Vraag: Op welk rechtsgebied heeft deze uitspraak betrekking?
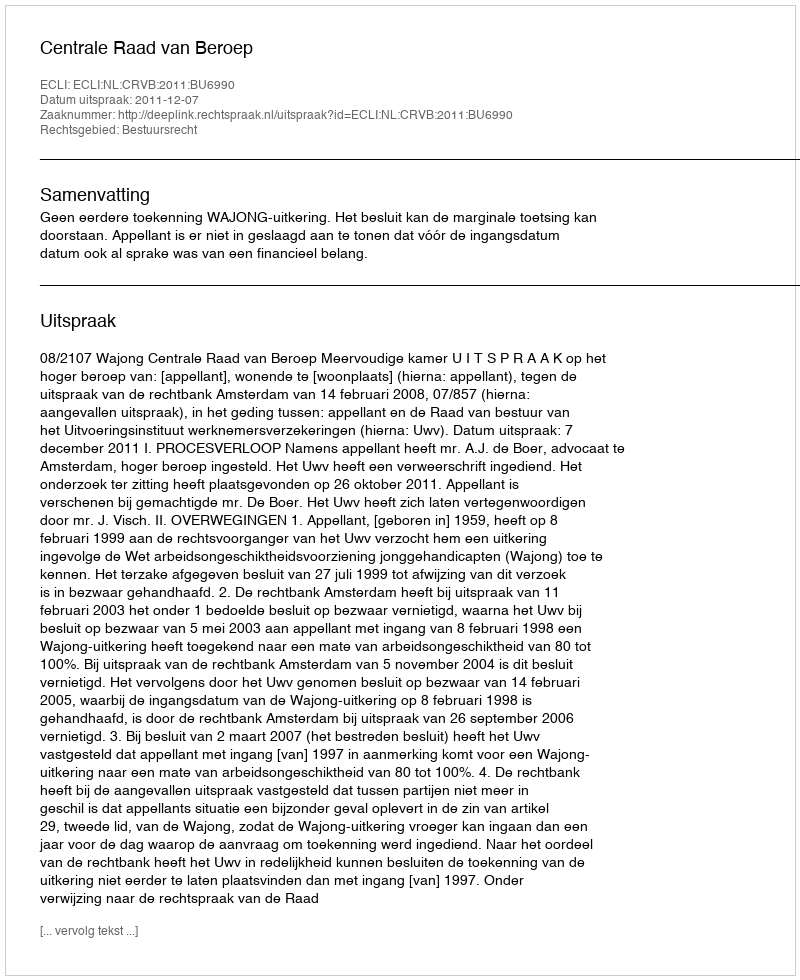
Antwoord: Bestuursrecht